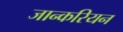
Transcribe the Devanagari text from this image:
जान्करियन